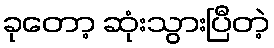
ခုတော့ ဆုံးသွားပြီတဲ့